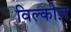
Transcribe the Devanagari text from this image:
विल्कीज़